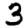
Digit: 3